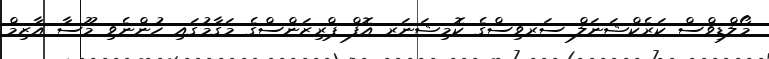
މޯލްޑިވްސް ކަރެކްޝަނަލް ސަރވިސްގެ ކޮމިޝަނަރ އޮފް ޕްރިޒަންސްގެ މަގާމުގައި ހުންނެވި މޫސާ އާޒިމް